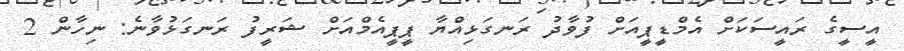
އީސީގެ ރައީސަކަށް އެމްޑީޕީއަށް ފުވާދު ރަނގަޅިއްޔާ ޕީޕީއެމްއަށް ޝަރީފު ރަނގަޅުވާނެ: ނިހާން 2